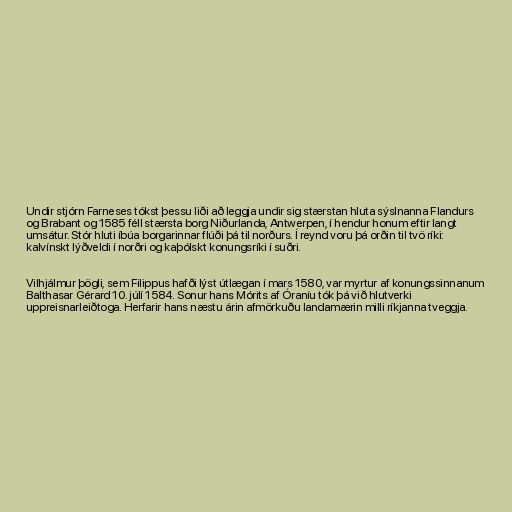
Undir stjórn Farneses tókst þessu liði að leggja undir sig stærstan hluta sýslnanna Flandurs
og Brabant og 1585 féll stærsta borg Niðurlanda, Antwerpen, í hendur honum eftir langt
umsátur. Stór hluti íbúa borgarinnar flúði þá til norðurs. Í reynd voru þá orðin til tvö ríki:
kalvínskt lýðveldi í norðri og kaþólskt konungsríki í suðri.

Vilhjálmur þögli, sem Filippus hafði lýst útlægan í mars 1580, var myrtur af konungssinnanum
Balthasar Gérard 10. júlí 1584. Sonur hans Mórits af Óraníu tók þá við hlutverki
uppreisnarleiðtoga. Herfarir hans næstu árin afmörkuðu landamærin milli ríkjanna tveggja.